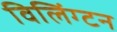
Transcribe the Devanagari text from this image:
विलिंग्‍टन